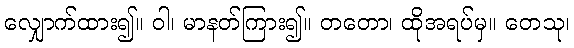
လျှောက်ထား၍။ ဝါ၊ မာနတ်ကြား၍။ တတော၊ ထိုအရပ်မှ။ တေသု၊